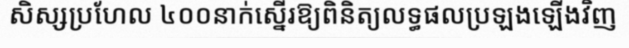
សិស្សប្រហែល ៤០០នាក់ស្នើរឱ្យពិនិត្យលទ្ធផលប្រឡងឡើងវិញ